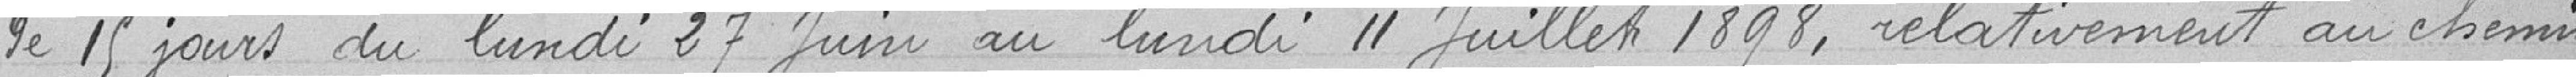
de 15 jours du lundi 27 juin au lundi 11 juillet1898, relativement au chemin